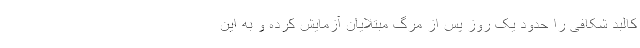
کالبد شکافی را حدود یک روز پس از مرگ مبتلایان آزمایش کرده و به این